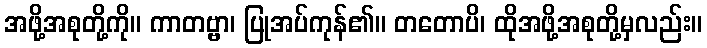
အဖို့အစုတို့ကို။ ကာတဗ္ဗာ၊ ပြုအပ်ကုန်၏။ တတောပိ၊ ထိုအဖို့အစုတို့မှလည်း။